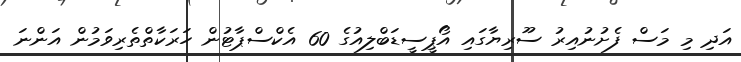
އަދި މި މަސް ފެށުނުއިރު ސޫރިޔާގައި އޯޕީސީޑަބްލިއުގެ 60 އެކްސްޕާޓުން ހަރަކާތްތެރިވަމުން އަންނަ